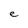
Character: e